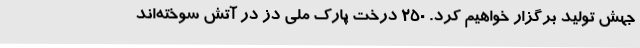
جهش تولید برگزار خواهیم کرد. 250 درخت پارک ملی دز در آتش سوخته‌اند